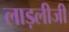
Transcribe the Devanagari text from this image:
लाड़लीजी